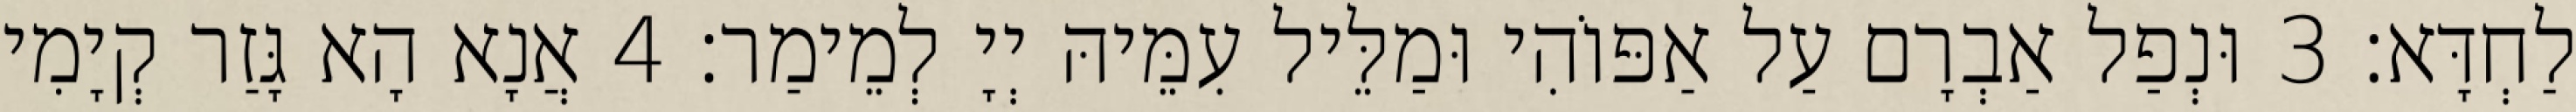
לַחְדָּא׃ 3 וּנְפַל אַבְרָם עַל אַפּוֹהִי וּמַלֵּיל עִמֵּיהּ יְיָ לְמֵימַר׃ 4 אֲנָא הָא גָּזַר קְיָמִי